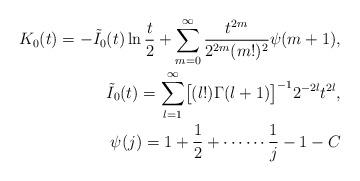
LaTeX: \begin{align*} K_0 (t) = -\tilde I_0 (t) \ln \frac t2 + \sum_{m=0}^\infty \frac{t^{2m}}{2^{2m}(m!)^2} \psi (m+1) , \\\tilde I_0 (t) = \sum_{l=1}^\infty \bigl[(l!)\Gamma (l+1)\bigr]^{-1} 2^{-2l}t^{2l} , \\\psi (j) = 1 + \frac 12 + \cdots \cdots \frac 1j -1 - C\end{align*}